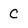
Character: C